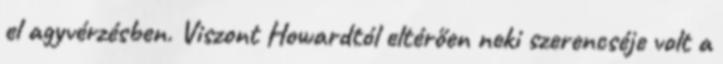
el agyvérzésben. Viszont Howardtól eltérően neki szerencséje volt a